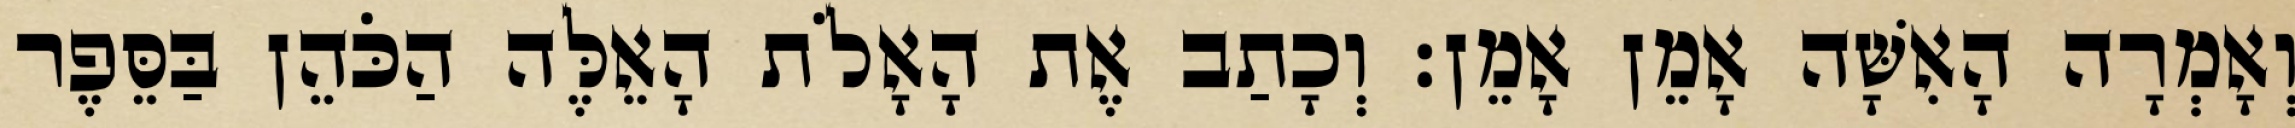
וְאָמְרָה הָאִשָּׁה אָמֵן אָמֵן׃ וְכָתַב אֶת הָאָלֹת הָאֵלֶּה הַכֹּהֵן בַּסֵּפֶר